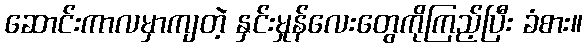
ဆောင်းကာလမှာကျတဲ့ နှင်းမှုန်လေးတွေကိုကြည့်ပြီး ခံစား။